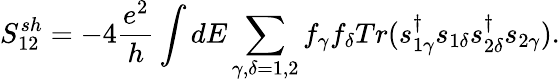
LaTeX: {S_{12}^{sh}}=-4\frac{e^{2}}{h}\int dE\sum_{\gamma,\delta=1,2}f_{\gamma}f_{\delta}Tr(s_{1\gamma}^{\dagger}s_{1\delta}s_{2\delta}^{\dagger}s_{2\gamma}).